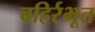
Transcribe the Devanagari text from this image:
बहिर्रभूत